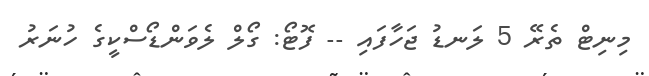
މިނިޓް ތެރޭ 5 ލަނޑު ޖަހާފައި -- ފޮޓޯ: ގޯލް ލެވަންޑޯސްކީގެ ހުނަރު